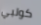
كولبي